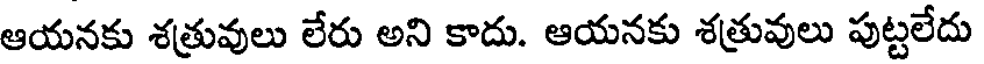
ఆయనకు శత్రువులు లేరు అని కాదు. ఆయనకు శత్రువులు పుట్టలేదు